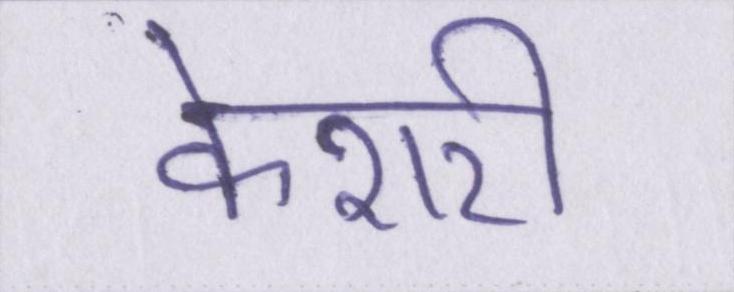
केशरी